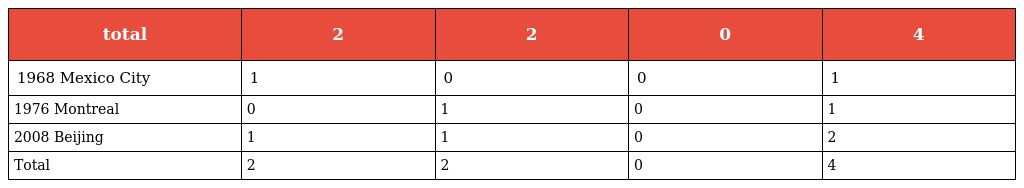
| total | 2 | 2 | 0 | 4 |
 | --- | --- | --- | --- | --- |
 | 1968 Mexico City | 1 | 0 | 0 | 1 |
 | 1976 Montreal | 0 | 1 | 0 | 1 |
 | 2008 Beijing | 1 | 1 | 0 | 2 |
 | Total | 2 | 2 | 0 | 4 |